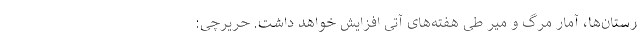
رستان‌ها، آمار مرگ و میر طی هفته‌های آتی افزایش خواهد داشت. حریرچی: